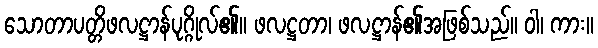
သောတာပတ္တိဖလဋ္ဌာန်ပုဂ္ဂိုလ်၏။ ဖလဋ္ဌတာ၊ ဖလဋ္ဌာန်၏အဖြစ်သည်။ ဝါ၊ ကား။